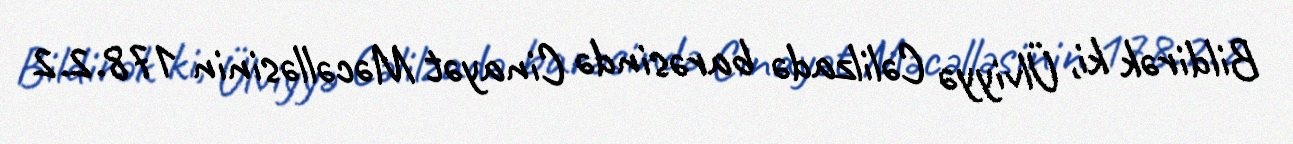
Bildirək ki, Ülviyyə Cəlilzadə barəsində Cinayət Məcəlləsinin 178.2.2